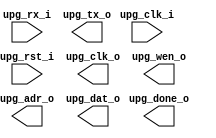
`timescale 1ns / 1ps
//////////////////////////////////////////////////////////////////////////////////
// Company: 
// Engineer: 
// 
// Design Name: 
// Module Name: uart_bmpg
// Project Name: 
// Target Devices: 
// Tool Versions: 
// Description: 
// 
// Dependencies: 
// 
// Revision:
// Revision 0.01 - File Created
// Additional Comments:
// 
//////////////////////////////////////////////////////////////////////////////////


module uart_bmpg(
	input wire		upg_clk_i,			// 10MHz
	input wire		upg_rst_i,			// High active
	// blkram signals
	output wire		upg_clk_o,
	output reg		upg_wen_o,
	output reg [14:0]	upg_adr_o,
	output reg [31:0]	upg_dat_o,
	output reg		upg_done_o,
	// UART Pinouts
	input wire		upg_rx_i,
	output wire		upg_tx_o
);
		
endmodule